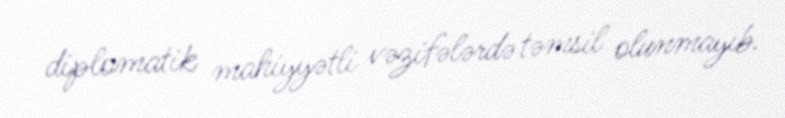
diplomatik mahiyyətli vəzifələrdə təmsil olunmayıb.